Report on vaccination in Madras 1877-1894 - 1877-1894
Year: 1877
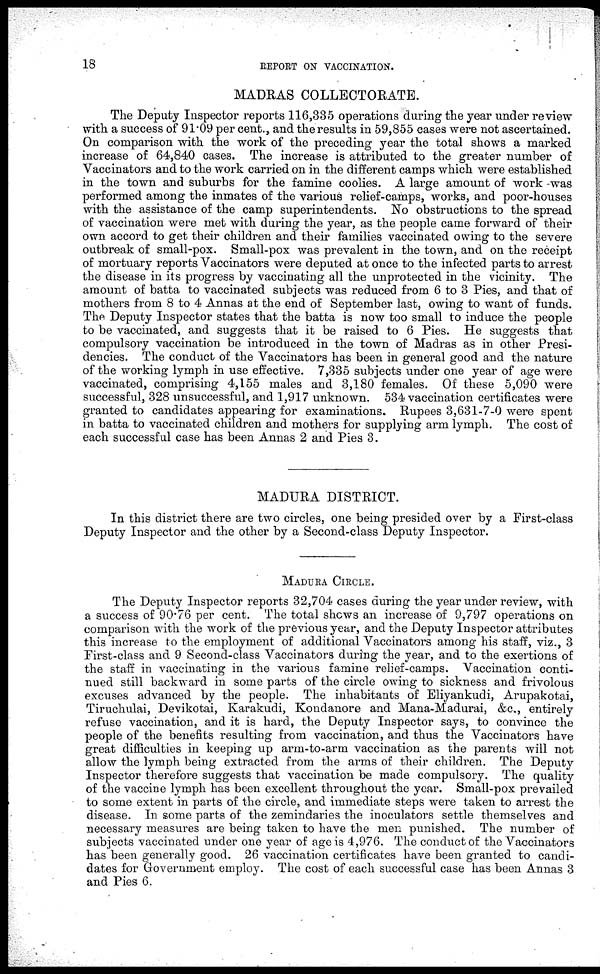
18
REPORT ON VACCINATION.
MADRAS COLLECTORATE.
The Deputy Inspector reports 116,335 operations during the year under review
with a success of 91.09 per cent., and the results in 59,855 cases were not ascertained.
On comparison with the work of the preceding year the total shows a marked
increase of 64,840 cases. The increase is attributed to the greater number of
Vaccinators and to the work carried on in the different camps which were established
in the town and suburbs for the famine coolies. A large amount of work -was
performed among the inmates of the various relief-camps, works, and poor-houses
with the assistance of the camp superintendents. No obstructions to the spread
of vaccination were met with during the year, as the people came forward of their
own accord to get their children and their families vaccinated owing to the severe
outbreak of small-pox. Small-pox was prevalent in the town, and on the receipt
of mortuary reports Vaccinators were deputed at once to the infected parts to arrest
the disease in its progress by vaccinating all the unprotected in the vicinity. The
amount of batta to vaccinated subjects was reduced from 6 to 3 Pies, and that of
mothers from 8 to 4 Annas at the end of September last, owing to want of funds.
The Deputy Inspector states that the batta is now too small to induce the people
to be vaccinated, and suggests that it be raised to 6 Pies. He suggests that
compulsory vaccination be introduced in the town of Madras as in other Presi-
dencies. The conduct of the Vaccinators has been in general good and the nature
of the working lymph in use effective. 7,335 subjects under one year of age were
vaccinated, comprising 4,155 males and 3,180 females. Of these 5,090 were
successful, 328 unsuccessful, and 1,917 unknown. 534 vaccination certificates were
granted to candidates appearing for examinations. Rupees 3,631-7-0 were spent
in batta to vaccinated children and mothers for supplying arm lymph. The cost of
each successful case has been Annas 2 and Pies 3.
MADURA DISTRICT.
In this district there are two circles, one being presided over by a First-class
Deputy Inspector and the other by a Second-class Deputy Inspector.
MADURA CIRCLE.
The Deputy Inspector reports 32,704 cases during the year under review, with
a success of 90.76 per cent. The total shows an increase of 9,797 operations on
comparison with the work of the previous year, and the Deputy Inspector attributes
this increase to the employment of additional Vaccinators among his staff, viz., 3
First-class and 9 Second-class Vaccinators during the year, and to the exertions of
the staff in vaccinating in the various famine relief-camps. Vaccination conti-
nued still backward in some parts of the circle owing to sickness and frivolous
excuses advanced by the people. The inhabitants of Eliyankudi, Arupakotai,
Tiruchulai, Devikotai, Karakudi, Kondanore and Mana-Madurai, &c., entirely
refuse vaccination, and it is hard, the Deputy Inspector says, to convince the
people of the benefits resulting from vaccination, and thus the Vaccinators have
great difficulties in keeping up arm-to-arm vaccination as the parents will not
allow the lymph being extracted from the arms of their children. The Deputy
Inspector therefore suggests that vaccination be made compulsory. The quality
of the vaccine lymph has been excellent throughout the year. Small-pox prevailed
to some extent in parts of the circle, and immediate steps were taken to arrest the
disease. In some parts of the zemindaries the inoculators settle themselves and
necessary measures are being taken to have the men punished. The number of
subjects vaccinated under one year of age is 4,976. The conduct of the Vaccinators
has been generally good. 26 vaccination certificates have been granted to candi-
dates for Government employ. The cost of each successful case has been Annas 3
and Pies 6.